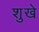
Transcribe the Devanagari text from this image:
शुखे